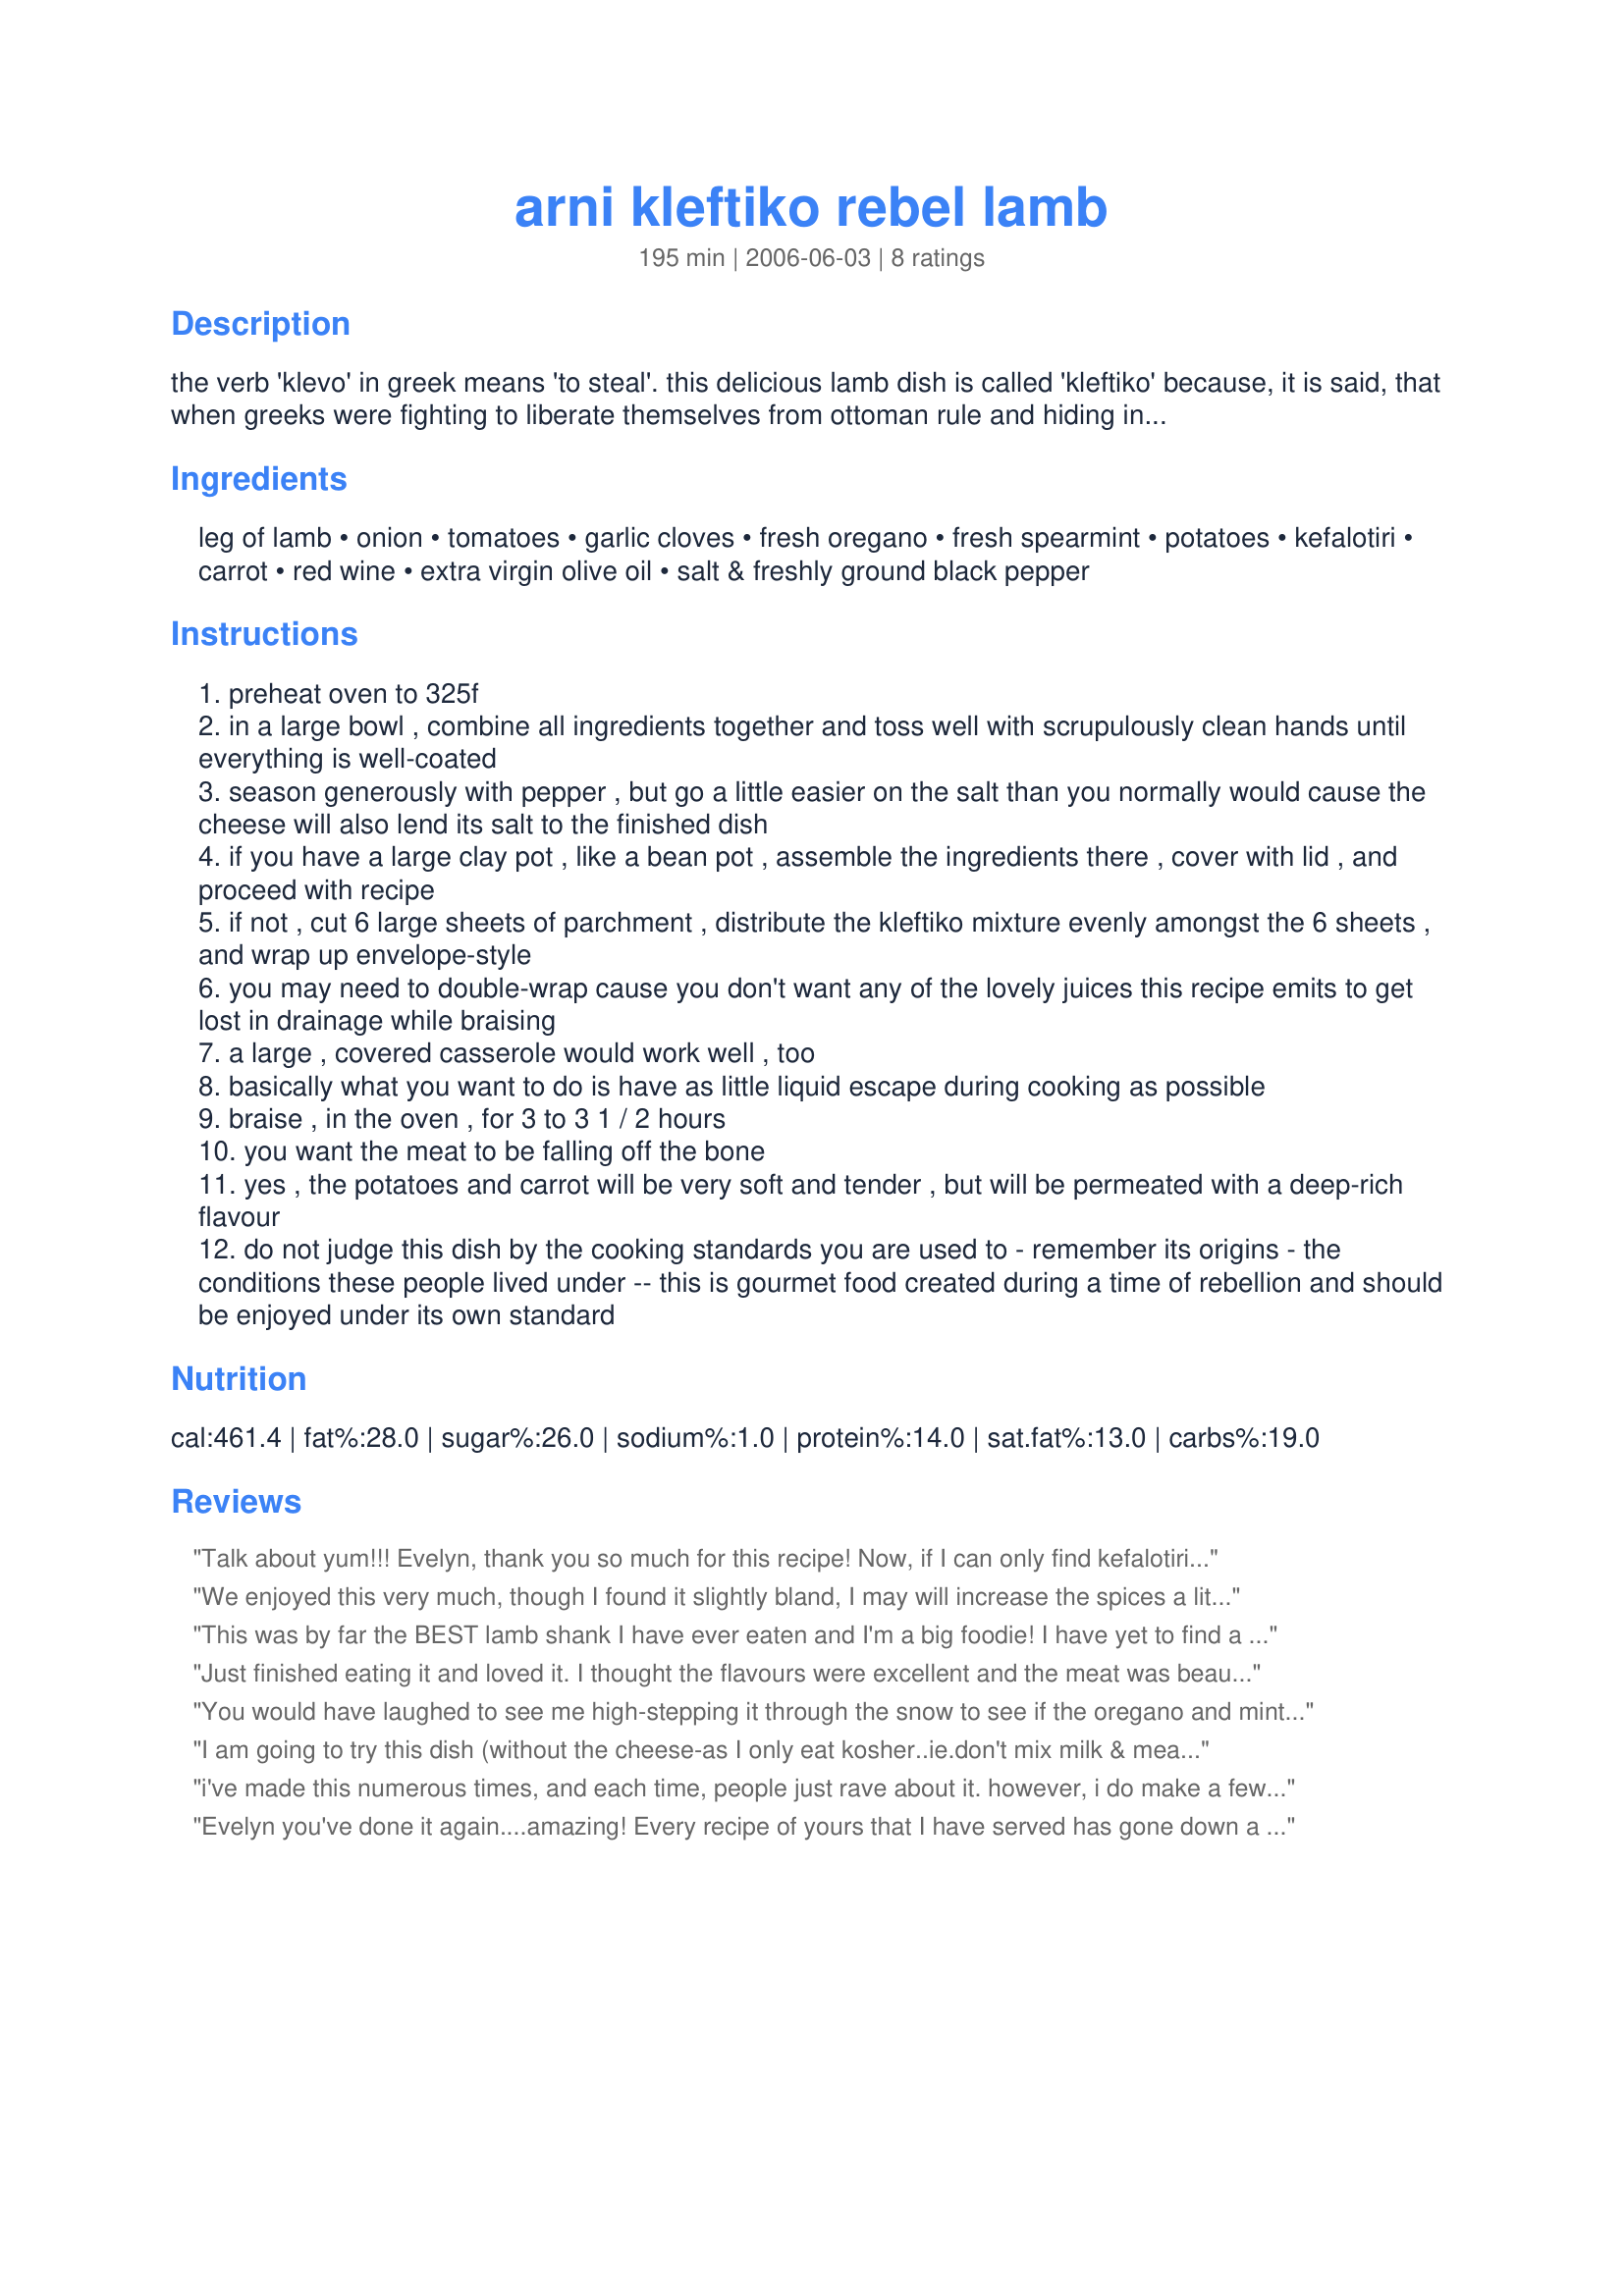
arni kleftiko rebel lamb
Preparation time: 195 minutes

the verb 'klevo' in greek means 'to steal'. this delicious lamb dish is called 'kleftiko' because, it is said, that when greeks were fighting to liberate themselves from ottoman rule and hiding in the mountains, they would seal all the ingredients for this dish in a clay pot, bury it with hot coals under ground, cover with dirt, and allow it to braise, slowly, until done. this way, there were no delicious cooking smells in the air to betray their presence and bring the ottomans to their hide-out. a romantic story - a lovely dinner. don't forget some good red wine. many, for lack of a clay pot (like a bean pot) wrap their kleftiko up well in parchment (a couple of layers) and braise that way.

Ingredients:
leg of lamb, onion, tomatoes, garlic cloves, fresh oregano, fresh spearmint, potatoes, kefalotiri, carrot, red wine, extra virgin olive oil, salt & freshly ground black pepper

Steps:
preheat oven to 325f
in a large bowl , combine all ingredients together and toss well with scrupulously clean hands until everything is well-coated
season generously with pepper , but go a little easier on the salt than you normally would cause the cheese will also lend its salt to the finished dish
if you have a large clay pot , like a bean pot , assemble the ingredients there , cover with lid , and proceed with recipe
if not , cut 6 large sheets of parchment , distribute the kleftiko mixture evenly amongst the 6 sheets , and wrap up envelope-style
you may need to double-wrap cause you don't want any of the lovely juices this recipe emits to get lost in drainage while braising
a large , covered casserole would work well , too
basically what you want to do is have as little liquid escape during cooking as possible
braise , in the oven , for 3 to 3 1 / 2 hours
you want the meat to be falling off the bone
yes , the potatoes and carrot will be very soft and tender , but will be permeated with a deep-rich flavour
do not judge this dish by the cooking standards you are used to - remember its origins - the conditions these people lived under -- this is gourmet food created during a time of rebellion and should be enjoyed under its own standard

Reviews:
Talk about yum!!! Evelyn, thank you so much for this recipe! Now, if I can only find kefalotiri or kefalograviera for next time, it will be perfect! Definitely a keeper!!!!
We enjoyed this very much, though I found it slightly bland, I may will increase the spices a little bit. The only thing I subbed was to use parmesan cheese, otherwise followed it exactly. Thank you.
This was by far the BEST lamb shank I have ever eaten and I'm a big foodie! I have yet to find a restaurant that can serve lamb this tasty. I'm lucky enough to have a husband who, on his off day, made this for me and I could still smell the wonderful aromas by the time we went to bed. The flavors were incredible. It was FANTASTIC. Thank you for sharing this.
Just finished eating it and loved it. I thought the flavours were excellent and the meat was beautifully tender. I did make a few changes to the way i made it. I didnt get any kefalotiri cheese but did have a hard goats cheese which i like so i used that and also i cooked it for about 4 and a half hours at 100C.
 The only downside was the amount of fat that had melted out of the lamb which i had to skim off before serving
You would have laughed to see me high-stepping it through the snow to see if the oregano and mint had survived our very cold snap. They didn't. But, hey, this is rebel lamb, and I made do. I had bought a 3 lb. package of cut-up bone-in lamb (I suspect shoulder), but pretty much used all the rest of the ingredients, except the potatoes (used 2, more did not fit into pot) and used only enough olive oil to grease the casserole. About 2 1/2 hr. into it we could not wait, and pulled out potatoes, onions, and smaller chunks of meat, plus some of the unbelievable gravy. Garlic was still hard. I went ahead and put in a couple of more potatoes. Next time I make this, I will make it a day ahead of time, as the lamb releases an awful lot of fat. I'd chill and remove it, and then reheat.
I am going to try this dish (without the cheese-as I only eat kosher..ie.don't mix milk & meat) .
It sounds really tasty.
When I eventually make it will rate it as well.
i've made this numerous times, and each time, people just rave about it. however, i do make a few changes, sorry. i always do that, but i just added a teaspoon of cumin, and i substituted feta for the kefalotiri. in any case, it's a great recipe, and it turns out fantastic, even once when i wrapped it in foil packets and cooked it on the grill over indirect heat. thanks so much for a recipe i now make regularly.
Evelyn you've done it again....amazing! Every recipe of yours that I have served has gone down a treat. This was easy to do, smelt delicious and pleased everyone. I didn't put any cheese in and left the potatoes and carrots out. I wrapped the chops in a double layer of foil making an enverlope, which worked really well. Next time I will do it exactly as the recipe says, but I had already promised Greek Potatoes and herb glazed carrots to the children. I didn't manage to take a photograph as once plated up, it was whisked away to the table and eaten before i could switch the camera on..maybe next time ;-)
Thank you!
